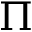
\Pi